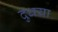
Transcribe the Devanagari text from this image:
दुधया